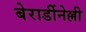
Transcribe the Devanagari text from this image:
बेरार्डीनेल्ली